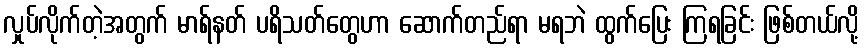
လှုပ်လိုက်တဲ့အတွက် မာရ်နတ် ပရိသတ်တွေဟာ ဆောက်တည်ရာ မရဘဲ ထွက်ပြေး ကြရခြင်း ဖြစ်တယ်လို့